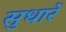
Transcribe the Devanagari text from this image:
सुधारें